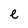
Character: e